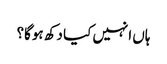
ہاں انہیں کیا دکھ ہوگا؟